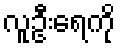
လူဦးရေကို